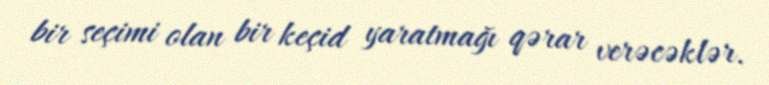
bir seçimi olan bir keçid yaratmağı qərar verəcəklər.